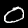
Label: 0